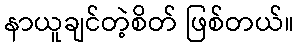
နာယူချင်တဲ့စိတ် ဖြစ်တယ်။